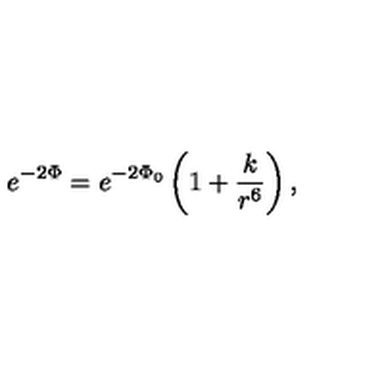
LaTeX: e ^ { - 2 \Phi } = e ^ { - 2 \Phi _ { 0 } } \left( 1 + \frac { k } { r ^ { 6 } } \right) ,